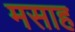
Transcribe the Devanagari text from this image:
मसाह